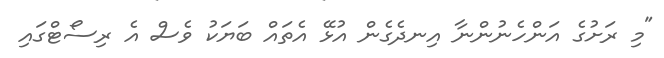
"މި ރަށުގެ އަންހެނުންނާ އިނދެގެން އުޅޭ އެތައް ބަޔަކު ވެސް އެ ރިސޯޓްގައި